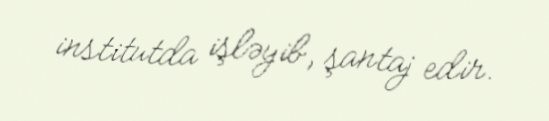
institutda işləyib, şantaj edir.